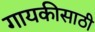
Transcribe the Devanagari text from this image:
गायकीसाठी